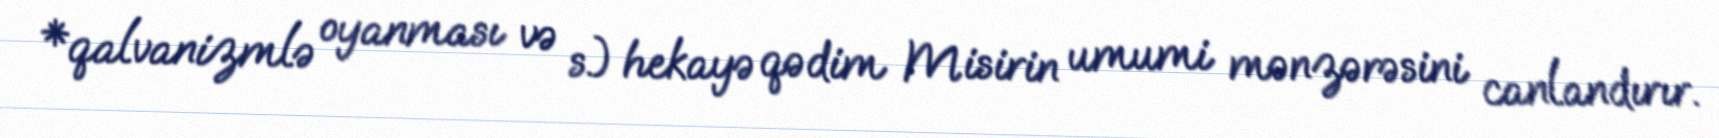
*qalvanizmlə oyanması və s.) hekayə qədim Misirin umumi mənzərəsini canlandırır.